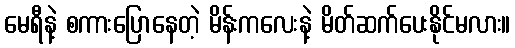
မေရီနဲ့ စကားပြောနေတဲ့ မိန်းကလေးနဲ့ မိတ်ဆက်ပေးနိုင်မလား။